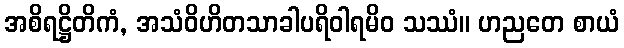
အစိရဋ္ဌိတိကံ, အသံဝိဟိတသာခါပရိဝါရမိဝ သဿံ။ ဟညတေ စာယံ